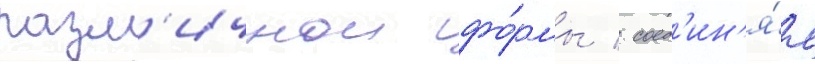
разл'ичнои фо́рмы / соед'ин'я́я